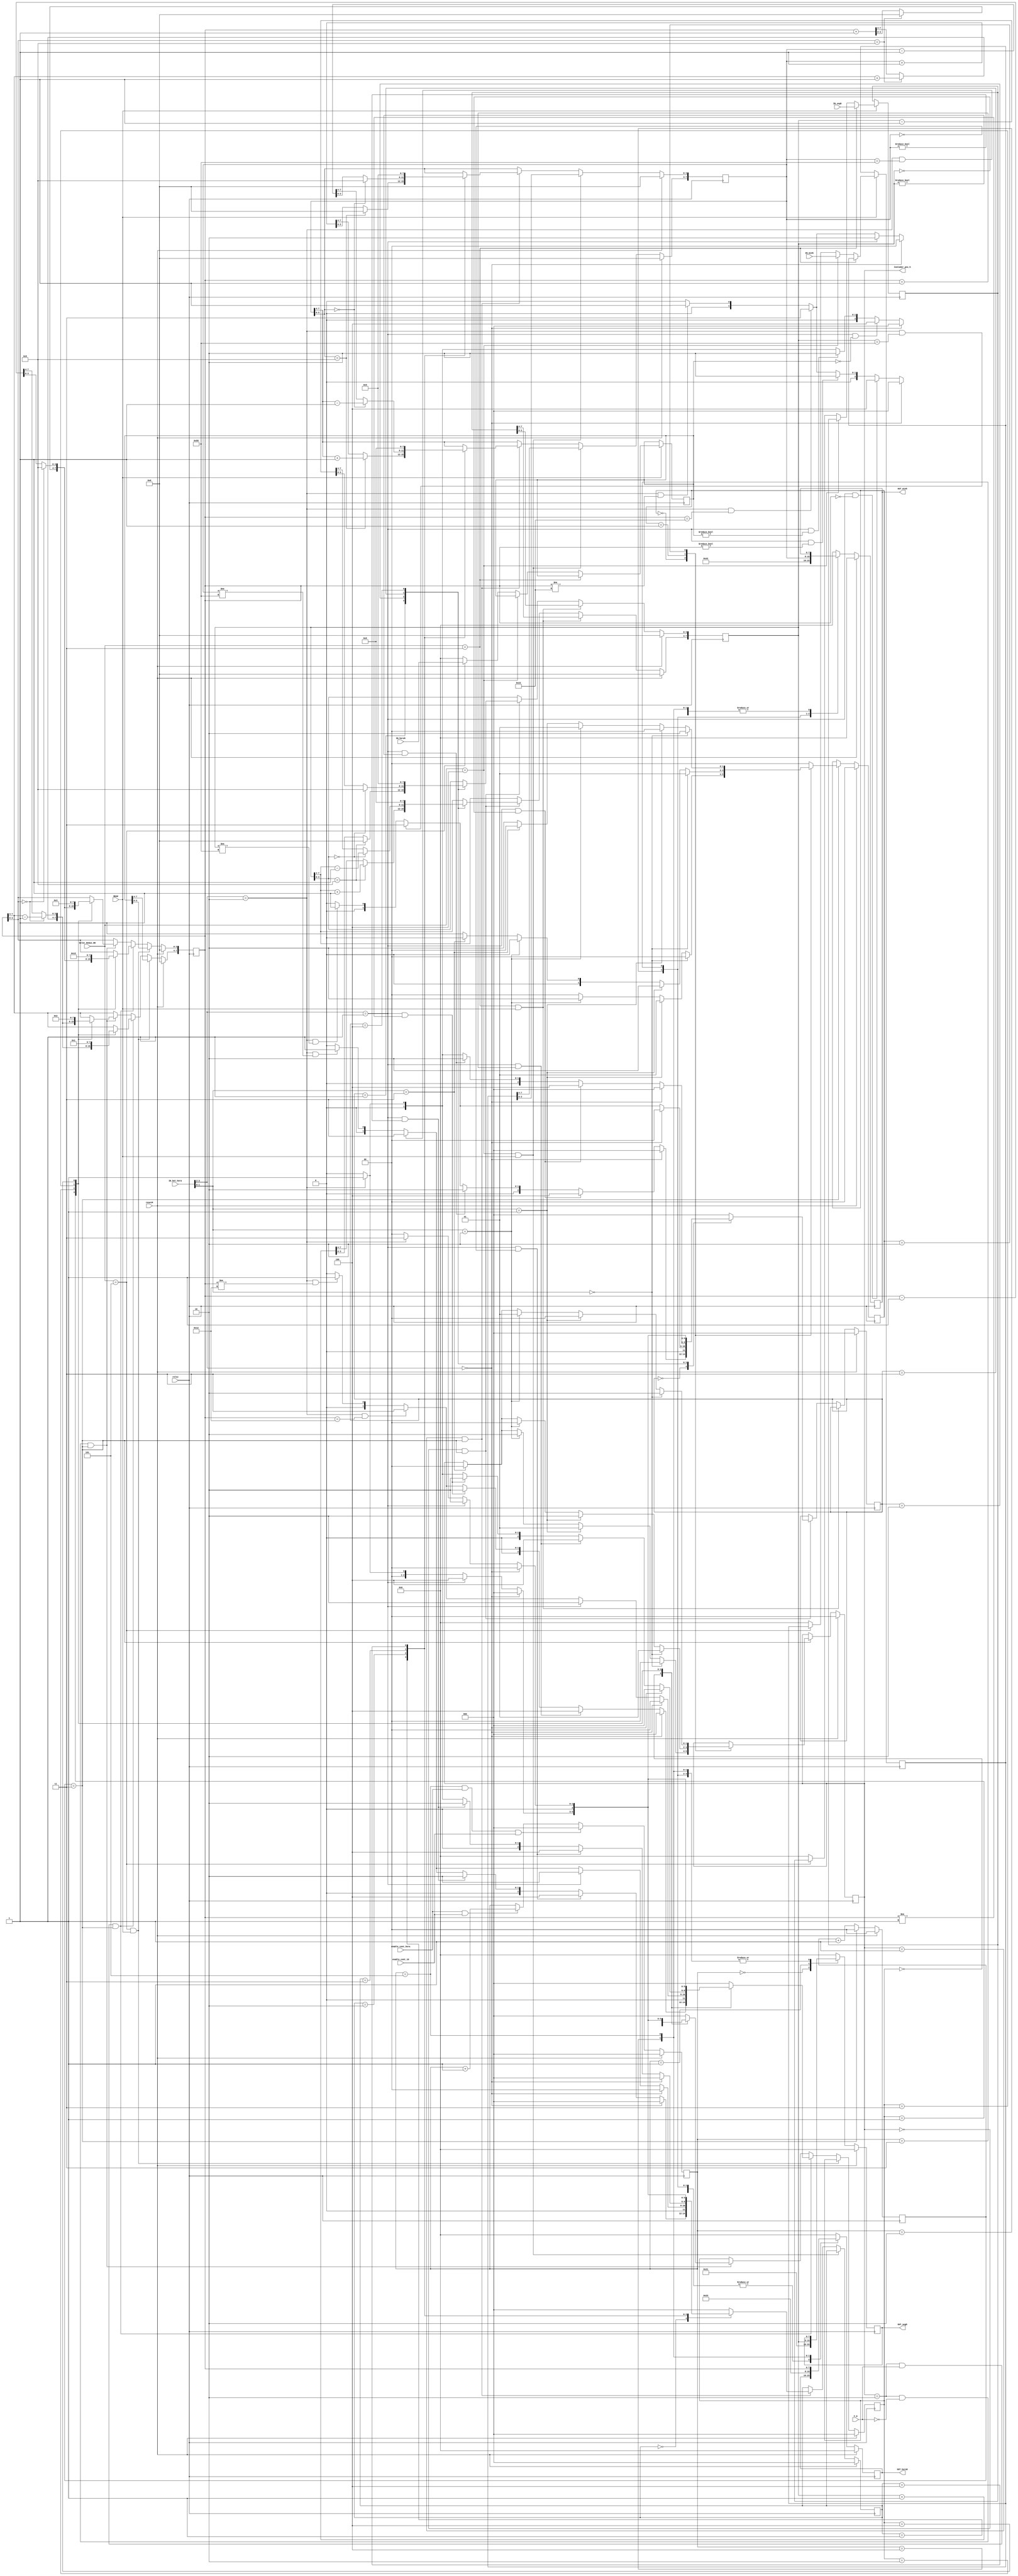
`timescale 1ns / 1ps
//////////////////////////////////////////////////////////////////////////////////
// Company: 
// Engineer: 
// 
// Design Name: 
// Module Name: bloque_hora
// Project Name: 
// Target Devices: 
// Tool Versions: 
// Description: 
// 
// Dependencies: 
// 
// Revision:
// Revision 0.01 - File Created
// Additional Comments:
// 
//////////////////////////////////////////////////////////////////////////////////


module bloque_hora(

output [7:0] OUT_segh,
 output [7:0] OUT_minh,
 output [7:0] OUT_horah,
 output [1:0] Contador_pos_h,

 
 input [7:0] IN_segh,
 input [7:0] IN_minh,
 input [7:0] IN_horah,
 input reloj,
 input resetM,    
 input enable_cont_16,
 input enable_cont_hora,
 input [3:0] Selec_Demux_DD,
 input [3:0] IN_bot_hora,
 input READ,
 input F_H

    );
 
 
 
 
 
 
 
 
 
 
 
 parameter dir_outhora_1 = 8'd33;
 parameter dir_outhora_2 = 8'd34;
 parameter dir_outhora_3 = 8'd35;   
 reg [7:0] dato_segh = 8'd0;
 reg [7:0] dato_minh = 8'd0;
 reg [7:0] dato_horah = 8'd0; 
 reg [7:0] in_segh;
 reg [7:0] in_minh;
 reg [7:0] in_horah;
 
 reg [1:0] contador_pos_h=0;
 reg [2:0] sel_dato_hora=0;
 reg [7:0] out_segh = 0;
 reg [7:0] out_minh = 0;
 reg [7:0] out_horah = 0;
 reg [7:0] out_segh_sal =0 ;
 reg [7:0] out_minh_sal =0;
 reg [7:0] out_horah_sal =0;
 reg [1:0] cont_4;


 
 
    
 assign  Contador_pos_h = contador_pos_h;
 
 assign OUT_segh= out_segh_sal;
 assign OUT_minh = out_minh_sal;
 assign OUT_horah = out_horah_sal; 
  




//////////// contador de 0 a 4

always @(posedge reloj)
begin

if(resetM)
    cont_4 <= 2'b00;
    
else if(cont_4 == 2'b11)
    cont_4 <= 2'b00;
    
else
    cont_4 <= cont_4 + 1;

end







always @(posedge reloj)

begin

    if (READ == 0)
    begin
    
    in_segh <= in_segh;
    in_minh <= in_minh;
    in_horah <= in_horah;
    
    
    end

    else if (Selec_Demux_DD == 4'h3)
        begin
        in_segh <= IN_segh;
        end
        
     else if (Selec_Demux_DD == 4'h4)
        begin
        in_minh <= IN_minh;
        
        end
       
     else if (Selec_Demux_DD == 4'h5)
        begin
        in_horah <= IN_horah;
        end
        
    else 
    begin
    
    in_segh <= 0;
    in_minh <= 0;
    in_horah <= 0;
    
    end


end


//// maquina para posicion

   parameter estado_0_posh = 2'b00;
   parameter estado_1_posh = 2'b01;
   parameter estado_2_posh = 2'b10;
  

   reg [1:0] estado_posh = estado_0_posh;

   always @(posedge reloj)
   begin
      if (resetM) begin
         estado_posh <= estado_0_posh;
         contador_pos_h <= 0;
      end
      else if(cont_4 == 2'b11)
      begin
         case (estado_posh)
         
         
            estado_0_posh : begin
            
               if (IN_bot_hora [1:0] == 2'b00)
                begin
                  estado_posh <= estado_0_posh;
                  contador_pos_h <= 0;
                end
                
               else if (IN_bot_hora [1:0] == 2'b01)
                begin
                  estado_posh <= estado_1_posh;
                  contador_pos_h <= 1;
                  end
                  
               else if (IN_bot_hora [1:0] == 2'b10)
                begin
                  estado_posh <= estado_2_posh;
                  contador_pos_h <= 2;
                end   
               
               else if (IN_bot_hora [1:0] == 2'b11)
                begin
                  estado_posh <= estado_0_posh;
                  contador_pos_h <= 0;
                end    
                  
               else
                  estado_posh <= estado_0_posh;
              
            end
            
            
            estado_1_posh : begin
            
                          if (IN_bot_hora [1:0] == 2'b00)
                            begin
                              estado_posh <= estado_1_posh;
                              contador_pos_h <= 1;
                            end
                            
                           else if (IN_bot_hora [1:0] == 2'b01)
                            begin
                              estado_posh <= estado_2_posh;
                              contador_pos_h <= 2;
                              end
                              
                           else if (IN_bot_hora [1:0] == 2'b10)
                            begin
                              estado_posh <= estado_0_posh;
                              contador_pos_h <= 0;
                            end   
                           
                           else if (IN_bot_hora [1:0] == 2'b11)
                            begin
                              estado_posh <= estado_0_posh;
                              contador_pos_h <= 0;
                            end    
                              
                           else
                              estado_posh <= estado_1_posh; 
               
            end
            
            estado_2_posh : begin
            
                          if (IN_bot_hora [1:0] == 2'b00)
                            begin
                              estado_posh <= estado_2_posh;
                              contador_pos_h <= 2;
                            end
                            
                           else if (IN_bot_hora [1:0] == 2'b01)
                            begin
                              estado_posh <= estado_0_posh;
                              contador_pos_h <= 0;
                              end
                              
                           else if (IN_bot_hora [1:0] == 2'b10)
                            begin
                              estado_posh <= estado_1_posh;
                              contador_pos_h <= 1;
                            end   
                           
                           else if (IN_bot_hora [1:0] == 2'b11)
                            begin
                              estado_posh <= estado_0_posh;
                              contador_pos_h <= 0;
                            end    
                              
                           else
                              estado_posh <= estado_2_posh;
            end
            
            default : begin  // Fault Recovery
               estado_posh <= estado_0_posh;
               contador_pos_h <= contador_pos_h;
            end
         endcase
    end

    else 
    begin
        estado_posh <= estado_posh;
        contador_pos_h <= contador_pos_h;

    end


end









   parameter estado_0_segh = 3'b000;
   parameter estado_1_segh = 3'b001;
   parameter estado_2_segh= 3'b010;
   parameter estado_3_segh = 3'b011;
   parameter estado_4_segh= 3'b100;
  

   reg [2:0] estado_segh = estado_0_segh;

   always @(posedge reloj)
      if (resetM) begin
         estado_segh <= estado_0_segh;
          dato_segh <= 0;
      end
      
      else if(Selec_Demux_DD == 3 && READ == 1)
      begin
      dato_segh <= in_segh;
      end
      
      
      else if(contador_pos_h == 0 && cont_4 == 2'b11)
      
 	begin
         case (estado_segh)
         
         
            estado_0_segh : begin
            
               if (IN_bot_hora [3:2] == 2'b00)
                begin
                 estado_segh <= estado_0_segh;
                end
                
               else if (IN_bot_hora [3:2] == 2'b01 && dato_segh == 8'h00)
                begin
                  estado_segh <= estado_4_segh;
                  end
                  
               else if (IN_bot_hora [3:2] == 2'b01 && dato_segh != 8'h00)
                begin
                    estado_segh <= estado_2_segh;
 
                end   
               
               else if (IN_bot_hora [3:2] == 2'b10 && dato_segh == 8'h59)
                begin
                  estado_segh <= estado_3_segh;
           
                end    
                  
              else if (IN_bot_hora [3:2] == 2'b10 && dato_segh != 8'h59)
                 begin
                   estado_segh <= estado_1_segh;
                           
                  end                 
                  
             else if (IN_bot_hora [3:2] == 2'b11)
               begin
                 estado_segh <= estado_0_segh;
                             
               end                  
                  
               else
                  estado_segh <= estado_0_segh;
                  
               begin
                  dato_segh <= dato_segh;
               end   
              
            end
            
            
            estado_1_segh : begin
            
                          if (IN_bot_hora [3:2] == 2'b00)
                            begin
                              estado_segh <= estado_0_segh;
                            end
                            
                           else if (IN_bot_hora [3:2] == 2'b00)
                            begin
                             estado_segh <= estado_2_segh; 
                              end
                              
                           else if (IN_bot_hora [3:2] == 2'b10  && dato_segh == 8'h59)
                            begin
                             estado_segh <= estado_3_segh;
                             
                            end  
                            
                          else if (IN_bot_hora [3:2] == 2'b10  && dato_segh != 8'h59)
                            begin
                             estado_segh <= estado_1_segh;
                                                        
                            end                             
                           
                           else if (IN_bot_hora [3:2] == 2'b11)
                            begin
                              estado_segh <= estado_0_segh;
                            end    
                              
                           else
                              estado_segh <= estado_0_segh;
                              
                              begin
 		              if (dato_segh[3:0] == 4'h9)
                                begin
                                dato_segh[7:4] <= dato_segh[7:4] +1;
                                dato_segh[3:0] <= 4'h0;
                                end
                              else
                                dato_segh <= dato_segh +1;
                              end
               
            end
            
            estado_2_segh : begin
            
                          if (IN_bot_hora [3:2] == 2'b00)
                            begin
                               estado_segh <= estado_0_segh;
                            end
                            
                           else if (IN_bot_hora [3:2] == 2'b01 && dato_segh == 8'h00)
                            begin
                              estado_segh <= estado_4_segh;
                              end
                              
                           else if (IN_bot_hora [3:2] == 2'b01 && dato_segh != 8'h00)
                            begin
                              estado_segh <= estado_2_segh;
                            end   
                           
                           else if (IN_bot_hora [3:2] == 2'b10)
                            begin
                              estado_segh <= estado_1_segh;
                            end                           
                           
                           else if (IN_bot_hora [3:2] == 2'b11)
                            begin
                              estado_segh <= estado_0_segh;
                            end    
                              
                           else
                              estado_segh <= estado_0_segh;
                              begin
                              
                              if (dato_segh[3:0] == 4'h0)
                                begin
                                dato_segh[7:4] <= dato_segh[7:4] - 1;
                                dato_segh[3:0] <= 4'h9;
                                end
                              else
                                dato_segh <= dato_segh - 1;

                              end
            end
            
            
            estado_3_segh : begin
                        
                           if (IN_bot_hora [3:2] == 2'b00)
                            begin
                             estado_segh <= estado_0_segh;
                            end

                           else if (IN_bot_hora [3:2] == 2'b01 )
                            begin
                                estado_segh <= estado_4_segh;
                             
                            end   
                           
                           else if (IN_bot_hora [3:2] == 2'b10 )
                            begin
                              estado_segh <= estado_1_segh;
                       
                            end    
        
                         else if (IN_bot_hora [3:2] == 2'b11)
                           begin
                             estado_segh <= estado_0_segh;
                                         
                           end                  
                              
                           else
                              estado_segh <= estado_0_segh;
                              begin
                              dato_segh <= 8'h00;
                              end
                              
                          
                        end            
            
            
            estado_4_segh : begin
                                    
                            if (IN_bot_hora [3:2] == 2'b00)
                            begin
                              estado_segh <= estado_0_segh;
                            end
                 
                            else if (IN_bot_hora [3:2] == 2'b01)
                            begin
                              estado_segh <= estado_2_segh;
                                          
                            end   
                                       
                            else if (IN_bot_hora [3:2] == 2'b10)
                            begin
                            estado_segh <= estado_3_segh;
                                   
                            end    
                          
                            else if (IN_bot_hora [3:2] == 2'b11)
                            begin
                            estado_segh <= estado_0_segh;
                            end                  
                                          
                            else
                            estado_segh <= estado_0_segh;
                            begin
                            dato_segh <= 8'h59;
                            end
                                          
                                      
                          end            

            
            default : begin  // Fault Recovery
               estado_segh <= estado_0_segh;
               dato_segh <= dato_segh;
            end
         endcase

end

else 
     dato_segh <= dato_segh;





//// maquina minutos hora



   parameter estado_0_minh = 3'b000;
   parameter estado_1_minh = 3'b001;
   parameter estado_2_minh= 3'b010;
   parameter estado_3_minh = 3'b011;
   parameter estado_4_minh= 3'b100;
  

   reg [2:0] estado_minh = estado_0_minh;

   always @(posedge reloj)
      if (resetM) begin
         estado_minh <= estado_0_minh;
          dato_minh <= 0;
      end
      
      else if(Selec_Demux_DD == 4 && READ == 1)
            begin
            dato_minh <= in_minh;
            end
      
      else if (contador_pos_h == 1 && cont_4 == 2'b11)
 	begin
         case (estado_minh)
         
         
            estado_0_minh : begin
            
               if (IN_bot_hora [3:2] == 2'b00)
                begin
                 estado_minh <= estado_0_minh;
                end
                
               else if (IN_bot_hora [3:2] == 2'b01 && dato_minh == 8'h00)
                begin
                  estado_minh <= estado_4_minh;
                  end
                  
               else if (IN_bot_hora [3:2] == 2'b01 && dato_minh != 8'h00)
                begin
                    estado_minh <= estado_2_minh;
 
                end   
               
               else if (IN_bot_hora [3:2] == 2'b10 && dato_minh == 8'h59)
                begin
                  estado_minh <= estado_3_minh;
           
                end    
                  
              else if (IN_bot_hora [3:2] == 2'b10 && dato_minh != 8'h59)
                 begin
                   estado_minh <= estado_1_minh;
                           
                  end                 
                  
             else if (IN_bot_hora [3:2] == 2'b11)
               begin
                 estado_minh <= estado_0_minh;
                             
               end                  
                  
               else
                  estado_minh <= estado_0_minh;
                  
               begin
                  dato_minh <= dato_minh;
               end   
              
            end
            
            
            estado_1_minh : begin
            
                          if (IN_bot_hora [3:2] == 2'b00)
                            begin
                              estado_minh <= estado_0_minh;
                            end
                            
                           else if (IN_bot_hora [3:2] == 2'b01)
                            begin
                             estado_minh <= estado_2_minh; 
                              end
                              
                           else if (IN_bot_hora [3:2] == 2'b10  && dato_minh == 8'h59)
                            begin
                             estado_minh <= estado_3_minh;
                             
                            end  
                            
                          else if (IN_bot_hora [3:2] == 2'b10  && dato_minh != 8'h59)
                            begin
                             estado_minh <= estado_1_minh;
                                                        
                            end                             
                           
                           else if (IN_bot_hora [3:2] == 2'b11)
                            begin
                              estado_minh <= estado_0_minh;
                            end    
                              
                           else
                              estado_minh <= estado_0_minh;
                              
                              begin
 		              if (dato_minh[3:0] == 4'h9)
                                begin
                                dato_minh[7:4] <= dato_minh[7:4] +1;
                                dato_minh[3:0] <= 4'h0;
                                end
                              else
                                dato_minh <= dato_minh +1;
                              end
               
            end
            
            estado_2_minh : begin
            
                          if (IN_bot_hora [3:2] == 2'b00)
                            begin
                               estado_minh <= estado_0_minh;
                            end
                            
                           else if (IN_bot_hora [3:2] == 2'b01 && dato_minh == 8'h00)
                            begin
                              estado_minh <= estado_4_minh;
                              end
                              
                           else if (IN_bot_hora [3:2] == 2'b01 && dato_minh != 8'h00)
                            begin
                              estado_minh <= estado_2_minh;
                            end   
                           
                           else if (IN_bot_hora [3:2] == 2'b10)
                            begin
                              estado_minh <= estado_1_minh;
                            end                           
                           
                           else if (IN_bot_hora [3:2] == 2'b11)
                            begin
                              estado_minh <= estado_0_minh;
                            end    
                              
                           else
                              estado_minh <= estado_0_minh;
                              begin
                              
                              if (dato_minh[3:0] == 4'h0)
                                begin
                                dato_minh[7:4] <= dato_minh[7:4] - 1;
                                dato_minh[3:0] <= 4'h9;
                                end
                              else
                                dato_minh <= dato_minh - 1;

                              end
            end
            
            
            estado_3_minh : begin
                        
                           if (IN_bot_hora [3:2] == 2'b00)
                            begin
                             estado_minh <= estado_0_minh;
                            end

                           else if (IN_bot_hora [3:2] == 2'b01 )
                            begin
                                estado_minh <= estado_4_minh;
                             
                            end   
                           
                           else if (IN_bot_hora [3:2] == 2'b10 )
                            begin
                              estado_minh <= estado_1_minh;
                       
                            end    
        
                         else if (IN_bot_hora [3:2] == 2'b11)
                           begin
                             estado_minh <= estado_0_minh;
                                         
                           end                  
                              
                           else
                              estado_minh <= estado_0_minh;
                              begin
                              dato_minh <= 8'h00;
                              end
                              
                          
                        end            
            
            
            estado_4_minh : begin
                                    
                            if (IN_bot_hora [3:2] == 2'b00)
                            begin
                              estado_minh <= estado_0_minh;
                            end
                 
                            else if (IN_bot_hora [3:2] == 2'b01)
                            begin
                              estado_minh <= estado_2_minh;
                                          
                            end   
                                       
                            else if (IN_bot_hora [3:2] == 2'b10)
                            begin
                            estado_minh <= estado_3_minh;
                                   
                            end    
                          
                            else if (IN_bot_hora [3:2] == 2'b11)
                            begin
                            estado_minh <= estado_0_minh;
                            end                  
                                          
                            else
                            estado_minh <= estado_0_minh;
                            begin
                            dato_minh <= 8'h59;
                            end
                                          
                                      
                          end            

            
            default : begin  // Fault Recovery
               estado_minh <= estado_0_minh;
               dato_minh <= dato_minh;
            end
         endcase

end

else 
dato_minh <= dato_minh;

       
    
   
   //////maquina horas hora 

   parameter estado_0_horah = 3'b000;
   parameter estado_1_horah = 3'b001;
   parameter estado_2_horah= 3'b010;
   parameter estado_3_horah = 3'b011;
   parameter estado_4_horah= 3'b100;
  

   reg [2:0] estado_horah = estado_0_horah;

   always @(posedge reloj)
      if (resetM) begin
         estado_horah <= estado_0_horah;
          dato_horah <= 0;
      end
      
      else if(Selec_Demux_DD == 5 && READ == 1)
            begin
            dato_horah <= in_horah;
            end
      
       //// caso para formato 12h
      
      else if(contador_pos_h == 2 && F_H == 1 && cont_4 == 2'b11)
           begin
               case (estado_horah)
               
               
                  estado_0_horah : begin
                  
                     if (IN_bot_hora [3:2] == 2'b00)
                      begin
                       estado_horah <= estado_0_horah;
                      end
                      
                     else if (IN_bot_hora [3:2] == 2'b01 && dato_horah == 8'h01)
                      begin
                        estado_horah <= estado_4_horah;
                        end
                        
                     else if (IN_bot_hora [3:2] == 2'b01 && dato_horah != 8'h01)
                      begin
                          estado_horah <= estado_2_horah;
       
                      end   
                     
                     else if (IN_bot_hora [3:2] == 2'b10 && dato_horah == 8'h12)
                      begin
                        estado_horah <= estado_3_horah;
                 
                      end    
                        
                    else if (IN_bot_hora [3:2] == 2'b10 && dato_horah != 8'h12)
                       begin
                         estado_horah <= estado_1_horah;
                                 
                        end                 
                        
                   else if (IN_bot_hora [3:2] == 2'b11)
                     begin
                       estado_horah <= estado_0_horah;
                                   
                     end                  
                        
                     else
                        estado_horah <= estado_0_horah;
                        
                     begin
                        dato_horah <= dato_horah;
                     end   
                    
                  end
                  
                  
                  estado_1_horah : begin
                  
                                if (IN_bot_hora [3:2] == 2'b00)
                                  begin
                                    estado_horah <= estado_0_horah;
                                  end
                                  
                                 else if (IN_bot_hora [3:2] == 2'b01)
                                  begin
                                   estado_horah <= estado_2_horah; 
                                    end
                                    
                                 else if (IN_bot_hora [3:2] == 2'b10  && dato_horah == 8'h12)
                                  begin
                                   estado_horah <= estado_3_horah;
                                   
                                  end  
                                  
                                else if (IN_bot_hora [3:2] == 2'b10  && dato_horah != 8'h12)
                                  begin
                                   estado_horah <= estado_1_horah;
                                                              
                                  end                             
                                 
                                 else if (IN_bot_hora [3:2] == 2'b11)
                                  begin
                                    estado_horah <= estado_0_horah;
                                  end    
                                    
                                 else
                                    estado_horah <= estado_0_horah;
                                    
                                    begin
                             if (dato_horah[3:0] == 4'h9)
                                      begin
                                      dato_horah[7:4] <= dato_horah[7:4] +1;
                                      dato_horah[3:0] <= 4'h0;
                                      end
                                    else
                                      dato_horah <= dato_horah +1;
                                    end
                     
                  end
                  
                  estado_2_horah : begin
                  
                                if (IN_bot_hora [3:2] == 2'b00)
                                  begin
                                     estado_horah <= estado_0_horah;
                                  end
                                  
                                 else if (IN_bot_hora [3:2] == 2'b01 && dato_horah == 8'h01)
                                  begin
                                    estado_horah <= estado_4_horah;
                                    end
                                    
                                 else if (IN_bot_hora [3:2] == 2'b01 && dato_horah != 8'h01)
                                  begin
                                    estado_horah <= estado_2_horah;
                                  end   
                                 
                                 else if (IN_bot_hora [3:2] == 2'b10)
                                  begin
                                    estado_horah <= estado_1_horah;
                                  end                           
                                 
                                 else if (IN_bot_hora [3:2] == 2'b11)
                                  begin
                                    estado_horah <= estado_0_horah;
                                  end    
                                    
                                 else
                                    estado_horah <= estado_0_horah;
                                    begin
                                    
                                    if (dato_horah[3:0] == 4'h0)
                                      begin
                                      dato_horah[7:4] <= dato_horah[7:4] - 1;
                                      dato_horah[3:0] <= 4'h9;
                                      end
                                    else
                                      dato_horah <= dato_horah - 1;
      
                                    end
                  end
                  
                  
                  estado_3_minh : begin
                              
                                 if (IN_bot_hora [3:2] == 2'b00)
                                  begin
                                   estado_horah <= estado_0_horah;
                                  end
      
                                 else if (IN_bot_hora [3:2] == 2'b01 )
                                  begin
                                      estado_horah <= estado_4_horah;
                                   
                                  end   
                                 
                                 else if (IN_bot_hora [3:2] == 2'b10 )
                                  begin
                                    estado_horah <= estado_1_horah;
                             
                                  end    
              
                               else if (IN_bot_hora [3:2] == 2'b11)
                                 begin
                                   estado_horah <= estado_0_horah;
                                               
                                 end                  
                                    
                                 else
                                    estado_horah <= estado_0_horah;
                                    begin
                                    dato_horah <= 8'h01;
                                    end
                                    
                                
                              end            
                  
                  
                  estado_4_horah : begin
                                          
                                  if (IN_bot_hora [3:2] == 2'b00)
                                  begin
                                    estado_horah <= estado_0_horah;
                                  end
                       
                                  else if (IN_bot_hora [3:2] == 2'b01)
                                  begin
                                    estado_horah <= estado_2_horah;
                                                
                                  end   
                                             
                                  else if (IN_bot_hora [3:2] == 2'b10)
                                  begin
                                  estado_horah <= estado_3_horah;
                                         
                                  end    
                                
                                  else if (IN_bot_hora [3:2] == 2'b11)
                                  begin
                                  estado_horah <= estado_0_horah;
                                  end                  
                                                
                                  else
                                  estado_horah <= estado_0_horah;
                                  begin
                                  dato_horah <= 8'h12;
                                  end
                                                
                                            
                                end            
      
                  
                  default : begin  // Fault Recovery
                     estado_horah <= estado_0_horah;
                     dato_horah <= dato_horah;
                  end
               endcase
      
      end
      
      //// caso para formato 24h
      
      
      else if(contador_pos_h == 2 && F_H == 0 && cont_4 == 2'b11)
 	begin
         case (estado_horah)
         
         
            estado_0_horah : begin
            
               if (IN_bot_hora [3:2] == 2'b00)
                begin
                 estado_horah <= estado_0_horah;
                end
                
               else if (IN_bot_hora [3:2] == 2'b01 && dato_horah == 8'h00)
                begin
                  estado_horah <= estado_4_horah;
                  end
                  
               else if (IN_bot_hora [3:2] == 2'b01 && dato_horah != 8'h00)
                begin
                    estado_horah <= estado_2_horah;
 
                end   
               
               else if (IN_bot_hora [3:2] == 2'b10 && dato_horah == 8'h23)
                begin
                  estado_horah <= estado_3_horah;
           
                end    
                  
              else if (IN_bot_hora [3:2] == 2'b10 && dato_horah != 8'h23)
                 begin
                   estado_horah <= estado_1_horah;
                           
                  end                 
                  
             else if (IN_bot_hora [3:2] == 2'b11)
               begin
                 estado_horah <= estado_0_horah;
                             
               end                  
                  
               else
                  estado_horah <= estado_0_horah;
                  
               begin
                  dato_horah <= dato_horah;
               end   
              
            end
            
            
            estado_1_horah : begin
            
                          if (IN_bot_hora [3:2] == 2'b00)
                            begin
                              estado_horah <= estado_0_horah;
                            end
                            
                           else if (IN_bot_hora [3:2] == 2'b01)
                            begin
                             estado_horah <= estado_2_horah; 
                              end
                              
                           else if (IN_bot_hora [3:2] == 2'b10  && dato_horah == 8'h23)
                            begin
                             estado_horah <= estado_3_horah;
                             
                            end  
                            
                          else if (IN_bot_hora [3:2] == 2'b10  && dato_horah != 8'h23)
                            begin
                             estado_horah <= estado_1_horah;
                                                        
                            end                             
                           
                           else if (IN_bot_hora [3:2] == 2'b11)
                            begin
                              estado_horah <= estado_0_horah;
                            end    
                              
                           else
                              estado_horah <= estado_0_horah;
                              
                              begin
 		              if (dato_horah[3:0] == 4'h9)
                                begin
                                dato_horah[7:4] <= dato_horah[7:4] +1;
                                dato_horah[3:0] <= 4'h0;
                                end
                              else
                                dato_horah <= dato_horah +1;
                              end
               
            end
            
            estado_2_horah : begin
            
                          if (IN_bot_hora [3:2] == 2'b00)
                            begin
                               estado_horah <= estado_0_horah;
                            end
                            
                           else if (IN_bot_hora [3:2] == 2'b01 && in_horah == 8'h00)
                            begin
                              estado_horah <= estado_4_horah;
                              end
                              
                           else if (IN_bot_hora [3:2] == 2'b01 && in_horah != 8'h00)
                            begin
                              estado_horah <= estado_2_horah;
                            end   
                           
                           else if (IN_bot_hora [3:2] == 2'b10)
                            begin
                              estado_horah <= estado_1_horah;
                            end                           
                           
                           else if (IN_bot_hora [3:2] == 2'b11)
                            begin
                              estado_horah <= estado_0_horah;
                            end    
                              
                           else
                              estado_horah <= estado_0_horah;
                              begin
                              
                              if (dato_horah[3:0] == 4'h0)
                                begin
                                dato_horah[7:4] <= dato_horah[7:4] - 1;
                                dato_horah[3:0] <= 4'h9;
                                end
                              else
                                dato_horah <= dato_horah - 1;

                              end
            end
            
            
            estado_3_minh : begin
                        
                           if (IN_bot_hora [3:2] == 2'b00)
                            begin
                             estado_horah <= estado_0_horah;
                            end

                           else if (IN_bot_hora [3:2] == 2'b01 )
                            begin
                                estado_horah <= estado_4_horah;
                             
                            end   
                           
                           else if (IN_bot_hora [3:2] == 2'b10 )
                            begin
                              estado_horah <= estado_1_horah;
                       
                            end    
        
                         else if (IN_bot_hora [3:2] == 2'b11)
                           begin
                             estado_horah <= estado_0_horah;
                                         
                           end                  
                              
                           else
                              estado_horah <= estado_0_horah;
                              begin
                              dato_horah <= 8'h00;
                              end
                              
                          
                        end            
            
            
            estado_4_horah : begin
                                    
                            if (IN_bot_hora [3:2] == 2'b00)
                            begin
                              estado_horah <= estado_0_horah;
                            end
                 
                            else if (IN_bot_hora [3:2] == 2'b01)
                            begin
                              estado_horah <= estado_2_horah;
                                          
                            end   
                                       
                            else if (IN_bot_hora [3:2] == 2'b10)
                            begin
                            estado_horah <= estado_3_horah;
                                   
                            end    
                          
                            else if (IN_bot_hora [3:2] == 2'b11)
                            begin
                            estado_horah <= estado_0_horah;
                            end                  
                                          
                            else
                            estado_horah <= estado_0_horah;
                            begin
                            dato_horah <= 8'h23;
                            end
                                          
                                      
                          end            

            
            default : begin  // Fault Recovery
               estado_horah <= estado_0_horah;
               dato_horah <= dato_horah;
            end
         endcase

end

else 
dato_horah <= dato_horah;





//// contador de 0 a 5

always @(posedge reloj)

begin

    if (resetM)
        sel_dato_hora <= 0;
    
    else if (sel_dato_hora  == 5 && enable_cont_hora  && enable_cont_16)
        sel_dato_hora  <= 0;
    
    else if (enable_cont_hora  && enable_cont_16)
        sel_dato_hora  <= sel_dato_hora  + 1;
        
    else 
        sel_dato_hora  <= sel_dato_hora ;   
        

end   



       
always @ (posedge reloj)
            begin
            
            if(resetM)
            begin
            out_segh_sal <= 0;
            out_minh_sal <= 0;
            out_horah_sal <= 0;
            end
            
            else
            
            case (sel_dato_hora)
                  3'b000 : begin
                           out_segh_sal <= dir_outhora_1; 
                           end
                  3'b001 : begin
                           out_segh_sal <= dato_segh;
                           end
                  3'b010 : begin
                           out_minh_sal <= dir_outhora_2;
                           end
                  3'b011 : begin
                           out_minh_sal <= dato_minh;
                           end
                  3'b100 : begin
                              out_horah_sal <= dir_outhora_3;
                           end
                  3'b101 : begin
                              out_horah_sal <= dato_horah;
                           end
                 
                  default: begin
                              out_segh_sal <= 0;
                              out_minh_sal <= 0;
                              out_horah_sal <= 0;
                           end
               endcase
                        
            end 
            
            
            
endmodule